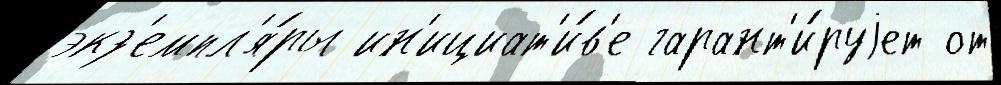
экз'емпл'я́ры ин'ициат'и́в'е гарант'и́руjет от